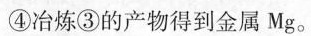
④冶炼③的产物得到金属Mg。